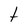
Character: t